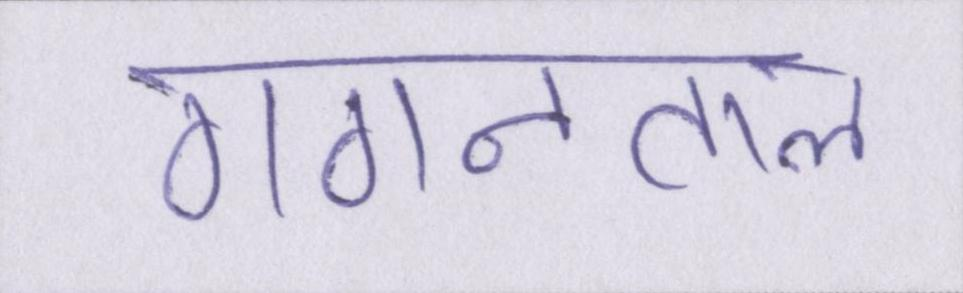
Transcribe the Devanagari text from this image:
गगनताल